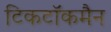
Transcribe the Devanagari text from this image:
टिकटॉकमैन